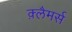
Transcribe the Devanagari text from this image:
क़्लैमर्स